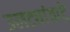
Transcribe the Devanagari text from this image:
उलट्यांवाटे